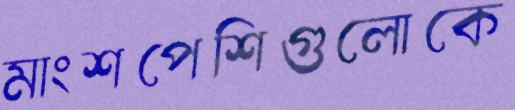
মাংশপেশিগুলোকে